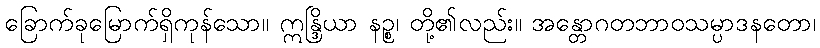
ခြောက်ခုမြောက်ရှိကုန်သော။ ဣန္ဒြိယာ နဉ္စ၊ တို့၏လည်း။ အန္တောဂတဘာဝသမ္ပာဒနတော၊